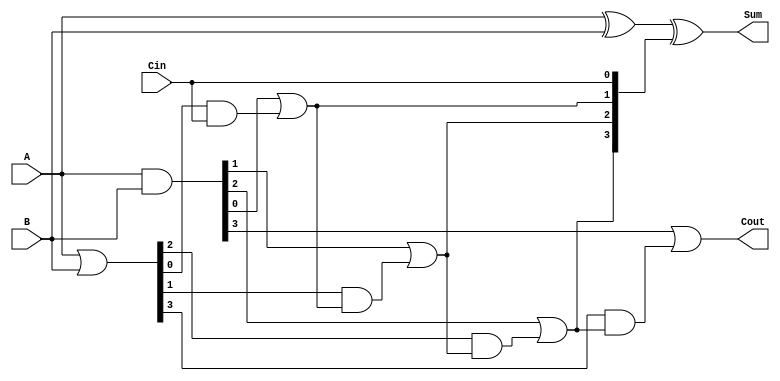
module LingAdder #(parameter n = 4) (
    input  [n-1:0] A,
    input  [n-1:0] B,
    input          Cin,
    output [n-1:0] Sum,
    output         Cout
);

    // Generate and Propagate signals
    wire [n-1:0] G; // Generate
    wire [n-1:0] P; // Propagate
    wire [n:0] C;   // Carry signals

    // Generate and Propagate calculations
    assign G = A & B;              // G[i] = A[i] & B[i]
    assign P = A | B;              // P[i] = A[i] | B[i]

    // Carry generation logic
    assign C[0] = Cin;             // C[0] = Cin
    genvar i;
    generate
        for (i = 1; i <= n; i = i + 1) begin : carry_gen
            assign C[i] = G[i-1] | (P[i-1] & C[i-1]); // C[i] = G[i-1] | (P[i-1] & C[i-1])
        end
    endgenerate

    // Sum calculation
    assign Sum = A ^ B ^ C[n-1:0]; // Sum[i] = A[i] ^ B[i] ^ C[i]

    // Carry out
    assign Cout = G[n-1] | (P[n-1] & C[n-1]); // Cout = G[n-1] | (P[n-1] & C[n-1])

endmodule